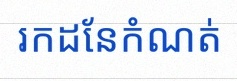
រកដែនកំណត់